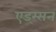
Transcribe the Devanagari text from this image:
एड्म्सन